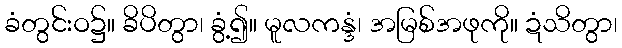
ခံတွင်းဝ၌။ ခိပိတွာ၊ ခွံ့၍။ မူလကန္ဒံ၊ အမြစ်အဖုကို။ ဍံသိတွာ၊